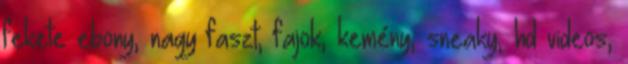
fekete ebony, nagy faszt, fajok, kemény, sneaky, hd videos,